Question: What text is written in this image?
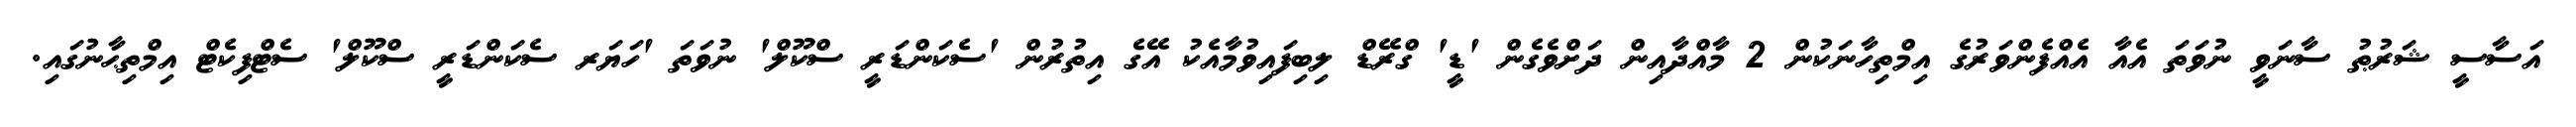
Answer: އަސާސީ ޝަރުޠު ސާނަވީ ނުވަތަ އެއާ އެއްފެންވަރުގެ އިމްތިހާނަކުން 2 މާއްދާއިން ދަށްވެގެން 'ޑީ' ގްރޭޑް ލިބިފައިވުމާއެކު އޭގެ އިތުރުން 'ސެކަންޑަރީ ސްކޫލް' ނުވަތަ 'ހަޔަރ ސެކަންޑަރީ ސްކޫލް' ސެޓްފިކެޓް އިމްތިޙާނުގައި.